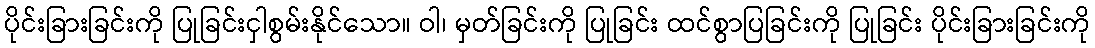
ပိုင်းခြားခြင်းကို ပြုခြင်းငှါစွမ်းနိုင်သော။ ဝါ၊ မှတ်ခြင်းကို ပြုခြင်း ထင်စွာပြခြင်းကို ပြုခြင်း ပိုင်းခြားခြင်းကို